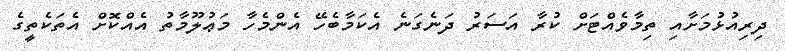
ދިރިއުޅުމަށާއި ތިމާވެއްޓަށް ކުރާ އަސަރު ދަނެގަނެ އެކަމާބެހޭ އެންމެހާ މަޢުލޫމާތު އެއްކޮށް އެތަކެތީގެ